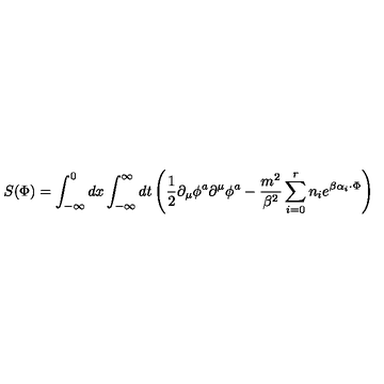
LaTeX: S ( \Phi ) = \int _ { - \infty } ^ { 0 } d x \int _ { - \infty } ^ { \infty } d t \left( \frac { 1 } { 2 } \partial _ { \mu } \phi ^ { a } \partial ^ { \mu } \phi ^ { a } - \frac { m ^ { 2 } } { \beta ^ { 2 } } \sum _ { i = 0 } ^ { r } n _ { i } e ^ { \beta \alpha _ { i } \cdot \Phi } \right)